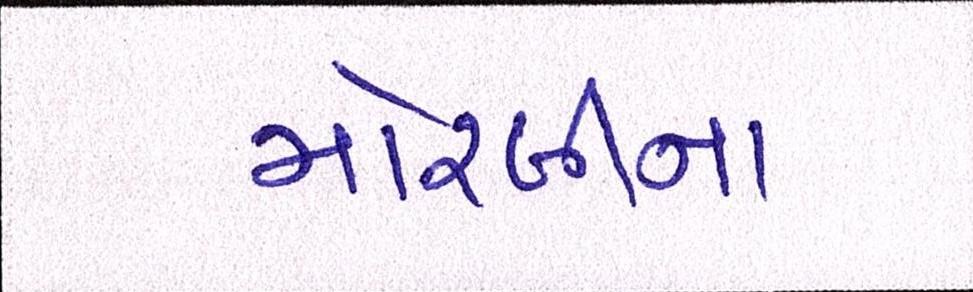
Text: મોરબીના